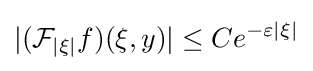
|({\mathcal {F}}_{|\xi |}f)(\xi ,y)|\leq Ce^{-\varepsilon |\xi |}